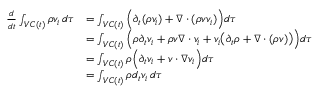
\begin{array} { r l } { \frac { d } { d t } \int _ { V C ( t ) } \rho v _ { i } \, d \tau } & { = \int _ { V C ( t ) } \Big ( \partial _ { t } ( \rho v _ { i } ) + \nabla \cdot ( \rho v v _ { i } ) \Big ) d \tau } \\ & { = \int _ { V C ( t ) } \Big ( \rho \partial _ { t } v _ { i } + \rho v \nabla \cdot v _ { i } + v _ { i } \big ( \partial _ { t } \rho + \nabla \cdot ( \rho v ) \big ) \Big ) d \tau } \\ & { = \int _ { V C ( t ) } \rho \Big ( \partial _ { t } v _ { i } + v \cdot \nabla v _ { i } \Big ) d \tau } \\ & { = \int _ { V C ( t ) } \rho d _ { t } v _ { i } \, d \tau } \end{array}